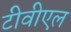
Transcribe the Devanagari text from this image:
टीवीएल